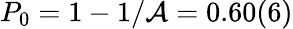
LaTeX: P_{0}=1-1/\mathcal{A}=0.60(6)